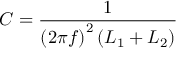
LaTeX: C = { \frac { 1 } { \left( 2 \pi f \right) ^ { 2 } \left( L _ { 1 } + L _ { 2 } \right) } }